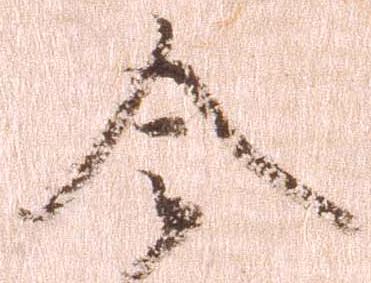
令